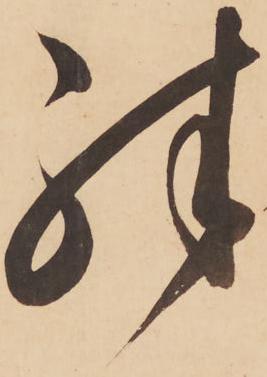
殊